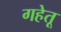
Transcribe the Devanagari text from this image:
गहेतू